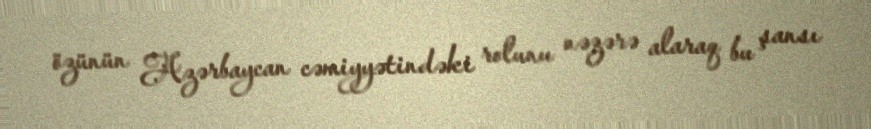
özünün Azərbaycan cəmiyyətindəki rolunu nəzərə alaraq bu şansı